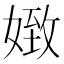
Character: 𡟹